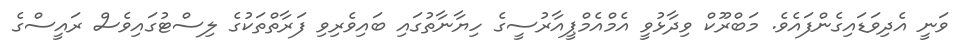
ވަނީ އެދިވަޑައިގެންފައެވެ. މަބްރޫކް ވިދާޅުވީ އެމްއެމްޕީއާރުސީގެ ހިޔާނާތުގައި ބައިވެރިވި ފަރާތްތަކުގެ ލިސްޓުގައިވެސް ރައީސްގެ